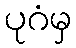
ပုဂံမှ